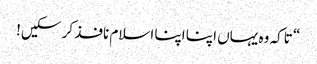
“ تاکہ وہ یہاں اپنا اپنا اسلام نافذ کر سکیں!